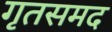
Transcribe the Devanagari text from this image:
गृतसमद